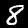
Label: 8